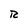
Character: R